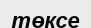
төксе